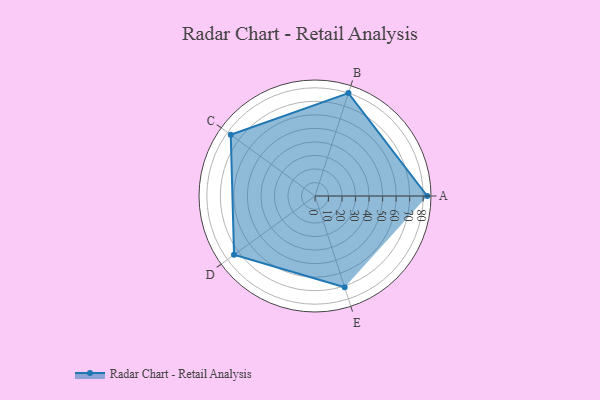
{"axis": {"x": "Skill", "y": "Score"}, "legend": ["Profile"], "data": [{"x": "A", "y": 83.0, "type": "Profile"}, {"x": "B", "y": 80.0, "type": "Profile"}, {"x": "C", "y": 77.0, "type": "Profile"}, {"x": "D", "y": 74.0, "type": "Profile"}, {"x": "E", "y": 71.0, "type": "Profile"}]}